Malaria in the Punjab - Number 46
Disease focus: Malaria
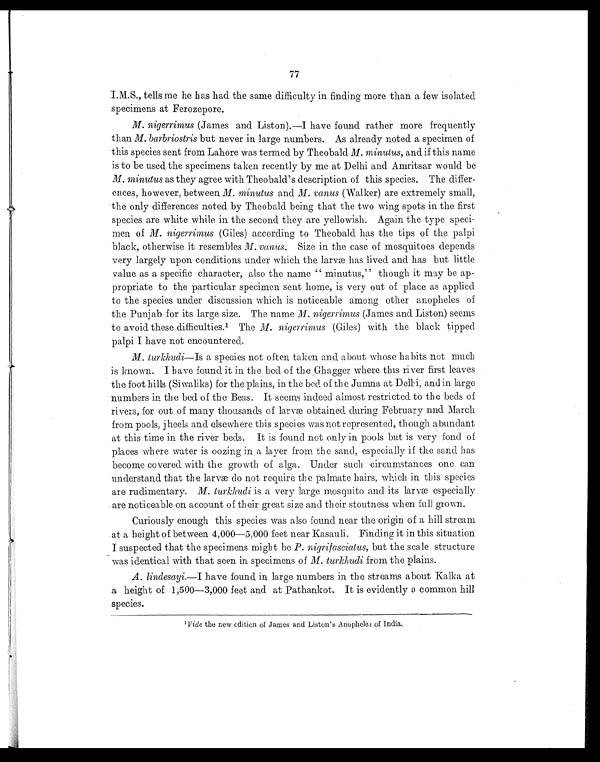
77
I.M.S., tells me he has had the same difficulty in finding more than a few isolated
specimens at Ferozepore.
M. nigerrimus (James and Liston).—I have found rather more frequently
than M. barbriostris but never in large numbers. As already noted a specimen of
this species sent from Lahore was termed by Theobald M. minutus, and if this name
is to be used the specimens taken recently by me at Delhi and Amritsar would be
M. minutus as they agree with Theobald's description of this species. The differ-
ences, however, between M. minutus and M. vanus (Walker) are extremely small,
the only differences noted by Theobald being that the two wing spots in the first
species are white while in the second they are yellowish. Again the type speci-
men of M. nigerrimus (Giles) according to Theobald has the tips of the palpi
black, otherwise it resembles M. vanus. Size in the case of mosquitoes depends
very largely upon conditions under which the larvæ has lived and has but little
value as a specific character, also the name "minutus," though it may be ap-
propriate to the particular specimen sent home, is very out of place as applied
to the species under discussion which is noticeable among other anopheles of
the Punjab for its large size. The name M. nigerrimus (James and Liston) seems
to avoid these difficulties.1 The M. nigerrimus (Giles) with the black tipped
palpi I have not encountered.
M. turkhudi—Is a species not often taken and about whose habits not much
is known. I have found it in the bed of the Ghagger where this river first leaves
the foot hills (Siwaliks) for the plains, in the bed of th e Jumna at Delhi, and in large
numbers in the bed of the Beas. It seems indeed almost restricted to the beds of
rivers, for out of many thousands of larvæ obtained during February nnd March
from pools, jheels and else where this species was not represented, though a bund ant
at this time in the river beds. It is found not only in pools but is very fond of
places where water is oozing in a layer from the sand, especially if the sand has
become covered with the growth of alga. Under such circumstances one can
understand that the larvae do not require the palmate hairs, which in this species
are rudimentary. M. turkhudi is a very large mosquito and its larvæ especially
are noticeable on account of their great size and their stoutness when full grown.
Curiously enough this species was also found near the origin of a hill stream
at a height of between 4,000—5,000 feet near Kasauli. Finding it in this situation
I suspected that the specimens might be P. nigrifasciatus, but the scale structure
was identical with that seen in specimens of M. turkhudi from the plains.
A. lindesayi .—I have found in large numbers in the streams about Kalka at
.a height of 1,500—3,000 feet and at Pathankot. It is evidently a common hill
species.
1 Vide the new edition of James and Liston's Anopheles of India.